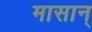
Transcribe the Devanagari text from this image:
मासान्